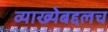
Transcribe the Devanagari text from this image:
व्याख्येबद्दलच